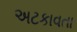
અટકાવતા